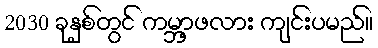
2030 ခုနှစ်တွင် ကမ္ဘာ့ဖလား ကျင်းပမည်။